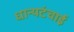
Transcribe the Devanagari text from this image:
धान्यटंचाई